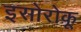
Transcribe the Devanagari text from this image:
इसोरोकू